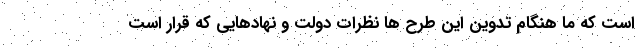
است که ما هنگام تدوین این طرح ها نظرات دولت و نهادهایی که قرار است